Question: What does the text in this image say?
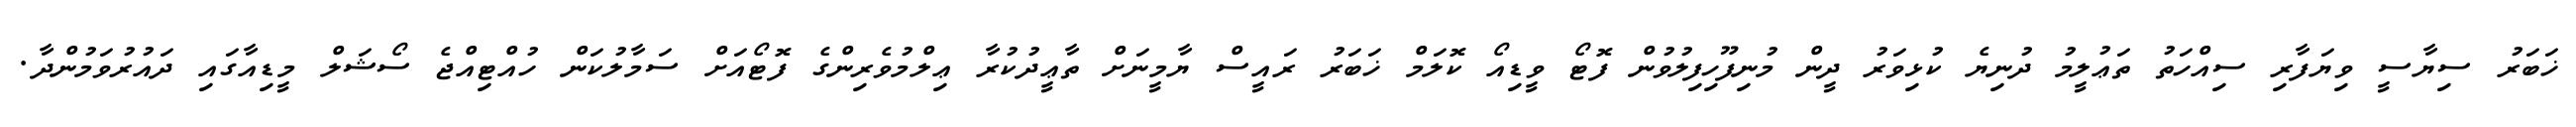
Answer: ޚަބަރު ސިޔާސީ ވިޔަފާރި ސިއްހަތު ތަޢުލީމު ދުނިޔެ ކުޅިވަރު ދީން މުނިފޫހިފިލުވުން ފޮޓޯ ވީޑިއޯ ކޮލަމް ޚަބަރު ރައީސް ޔާމީނަށް ތާޢީދުކުރާ ޢިލްމުވެރިންގެ ފޮޓޯއަށް ސަމާލުކަން ހުއްޓިއްޖެ ސޯޝަލް މީޑިއާގައި ދައުރުވަމުންދާ.